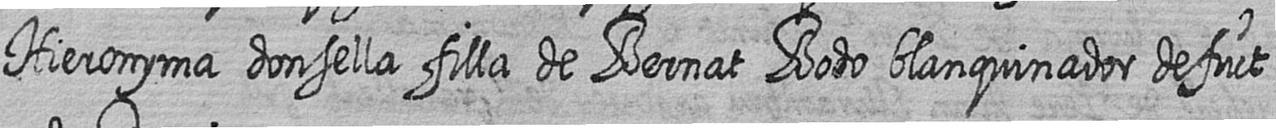
Hieronyma donsella filla de Bernat Bodo blanquinador defuct